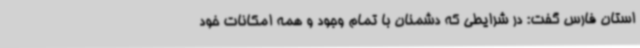
استان فارس گفت: در شرایطی که دشمنان با تمام وجود و همه امکانات خود